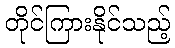
တိုင်ကြားနိုင်သည့်